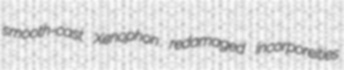
smooth-cast Xenophon redamaged incorporeities